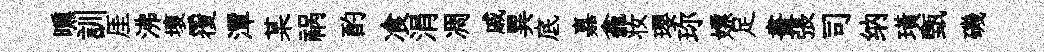
曛訓厓沸壞覆潭某祸酌飡涓凋戚異底嘉龕妆瓔珎嫖足畫張司纳璜甄磯